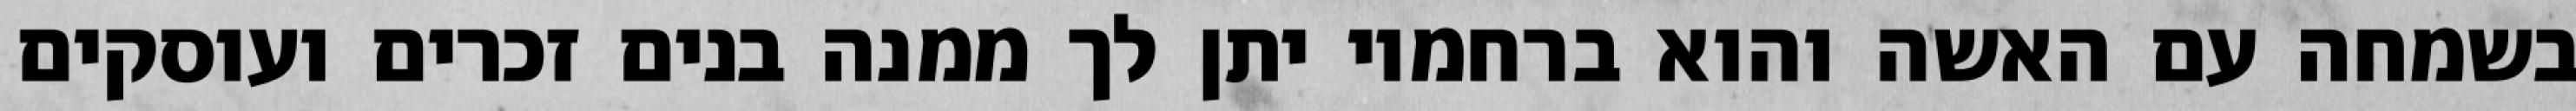
בשמחה עם האשה והוא ברחמיו יתן לך ממנה בנים זכרים ועוסקים